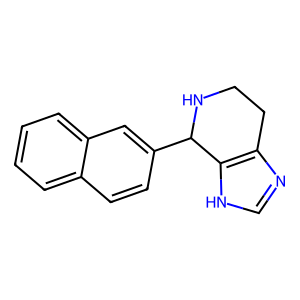
SMILES: c1ccc2cc(C3NCCc4nc[nH]c43)ccc2c1
Inhibits HIV replication: No